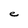
Character: e